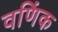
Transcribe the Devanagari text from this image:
वणिंक